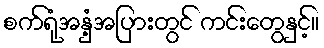
စက်ရုံအနှံ့အပြားတွင် ကင်းတွေနှင့်။